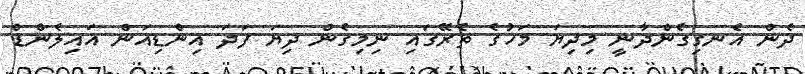
ދެން އެނގިގެންދާނީ މިދިޔަ މަހުގެ ތެރޭގައި ނިމިގެން ދިޔަ ފަދަ އިންޑިއަން އައިލެންޑް